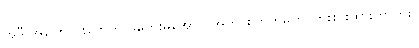
အဲဒီ အကြောင်းတွေကို မတွေးမိအောင် အတင်းကြိတ်မှိတ် ကြိုးစားထားတာကိုး။